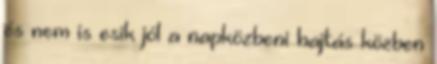
és nem is esik jól a napközbeni hajtás közben